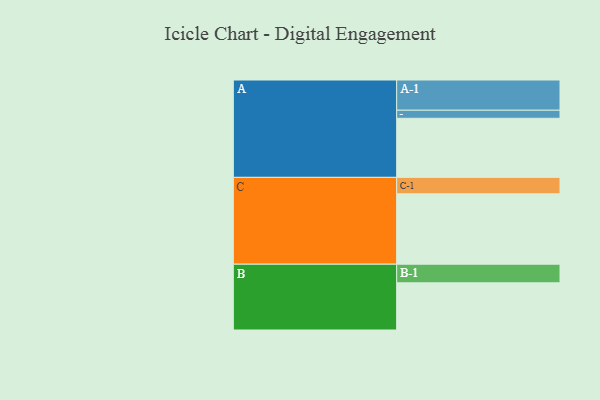
{"axis": {"x": "Segment", "y": "Value"}, "legend": ["", "A", "B", "C"], "data": [{"x": "A", "y": 432, "type": ""}, {"x": "B", "y": 345, "type": ""}, {"x": "C", "y": 515, "type": ""}, {"x": "A-1", "y": 221, "type": "A"}, {"x": "A-2", "y": 59, "type": "A"}, {"x": "B-1", "y": 136, "type": "B"}, {"x": "C-1", "y": 120, "type": "C"}]}